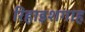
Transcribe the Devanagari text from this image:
रिहाइशगाह